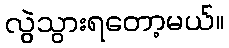
လွဲသွားရတော့မယ်။